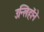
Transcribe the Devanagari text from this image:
उन्लिहोंने